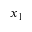
x _ { 1 }